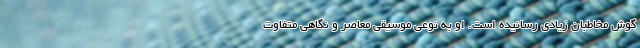
گوش مخاطبان زیادی رسانیده است. او به نوعی موسیقی معاصر و نگاهی متفاوت